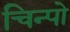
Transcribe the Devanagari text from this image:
चिन्पो